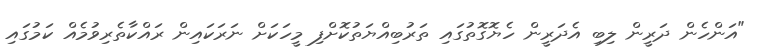
"އަންހެން ދަރީން ލިބި އެދަރީން ހެޔޮގޮތުގައި ތަރުބިއްޔަތުކޮށްފި މީހަކަށް ނަރަކައިން ރައްކާތެރިވުމެއް ކަމުގައި